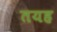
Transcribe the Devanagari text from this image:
तयह